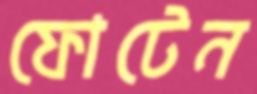
ফোটেন